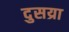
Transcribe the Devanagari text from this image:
दुसय्रा